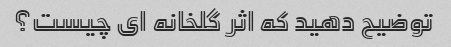
توضیح دهید که اثر گلخانه ای چیست؟